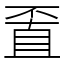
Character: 𠁆